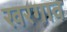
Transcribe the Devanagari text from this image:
खरगाव